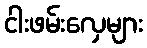
ငါးဖမ်းလှေများ